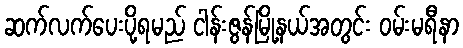
ဆက်လက်ပေးပို့ရမည် ငါန်းဇွန်မြို့နယ်အတွင်း ဝမ်းမရီနာ